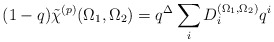
\begin{align*}(1-q)\tilde{\chi}^{(p)}(\Omega_1,\Omega_2) = q^\Delta\sum_i D_i^{(\Omega_1,\Omega_2)} q^i\end{align*}